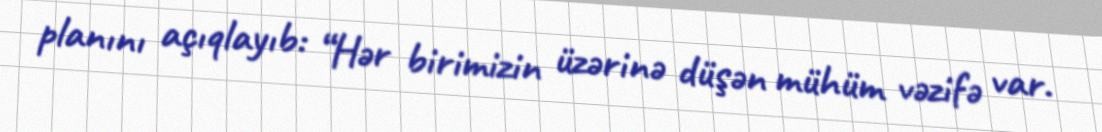
planını açıqlayıb: “Hər birimizin üzərinə düşən mühüm vəzifə var.